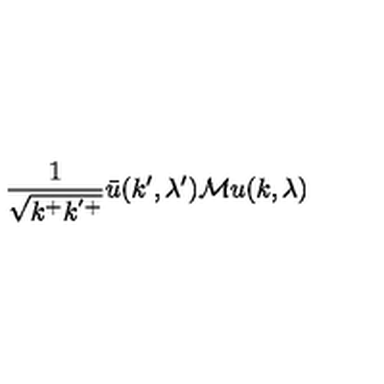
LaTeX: \frac { 1 } { \sqrt { k ^ { + } k ^ { ' + } } } \bar { u } ( k ^ { \prime } , \lambda ^ { \prime } ) { \cal M } u ( k , \lambda )